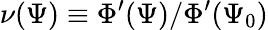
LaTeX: \nu(\Psi)\equiv\Phi^{\prime}(\Psi)/\Phi^{\prime}(\Psi_{0})